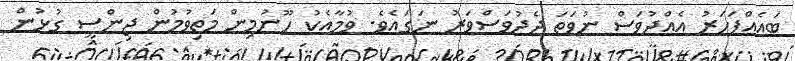
ބައެއްފަހަރު އެއްދުވަސް ނުވަތަ ދެދުވަސްވަރު ނަގައެވެ. ވުމާއެކު ހޫނުމިން މަތިވުމުން ޖިންސީ ގުޅުން